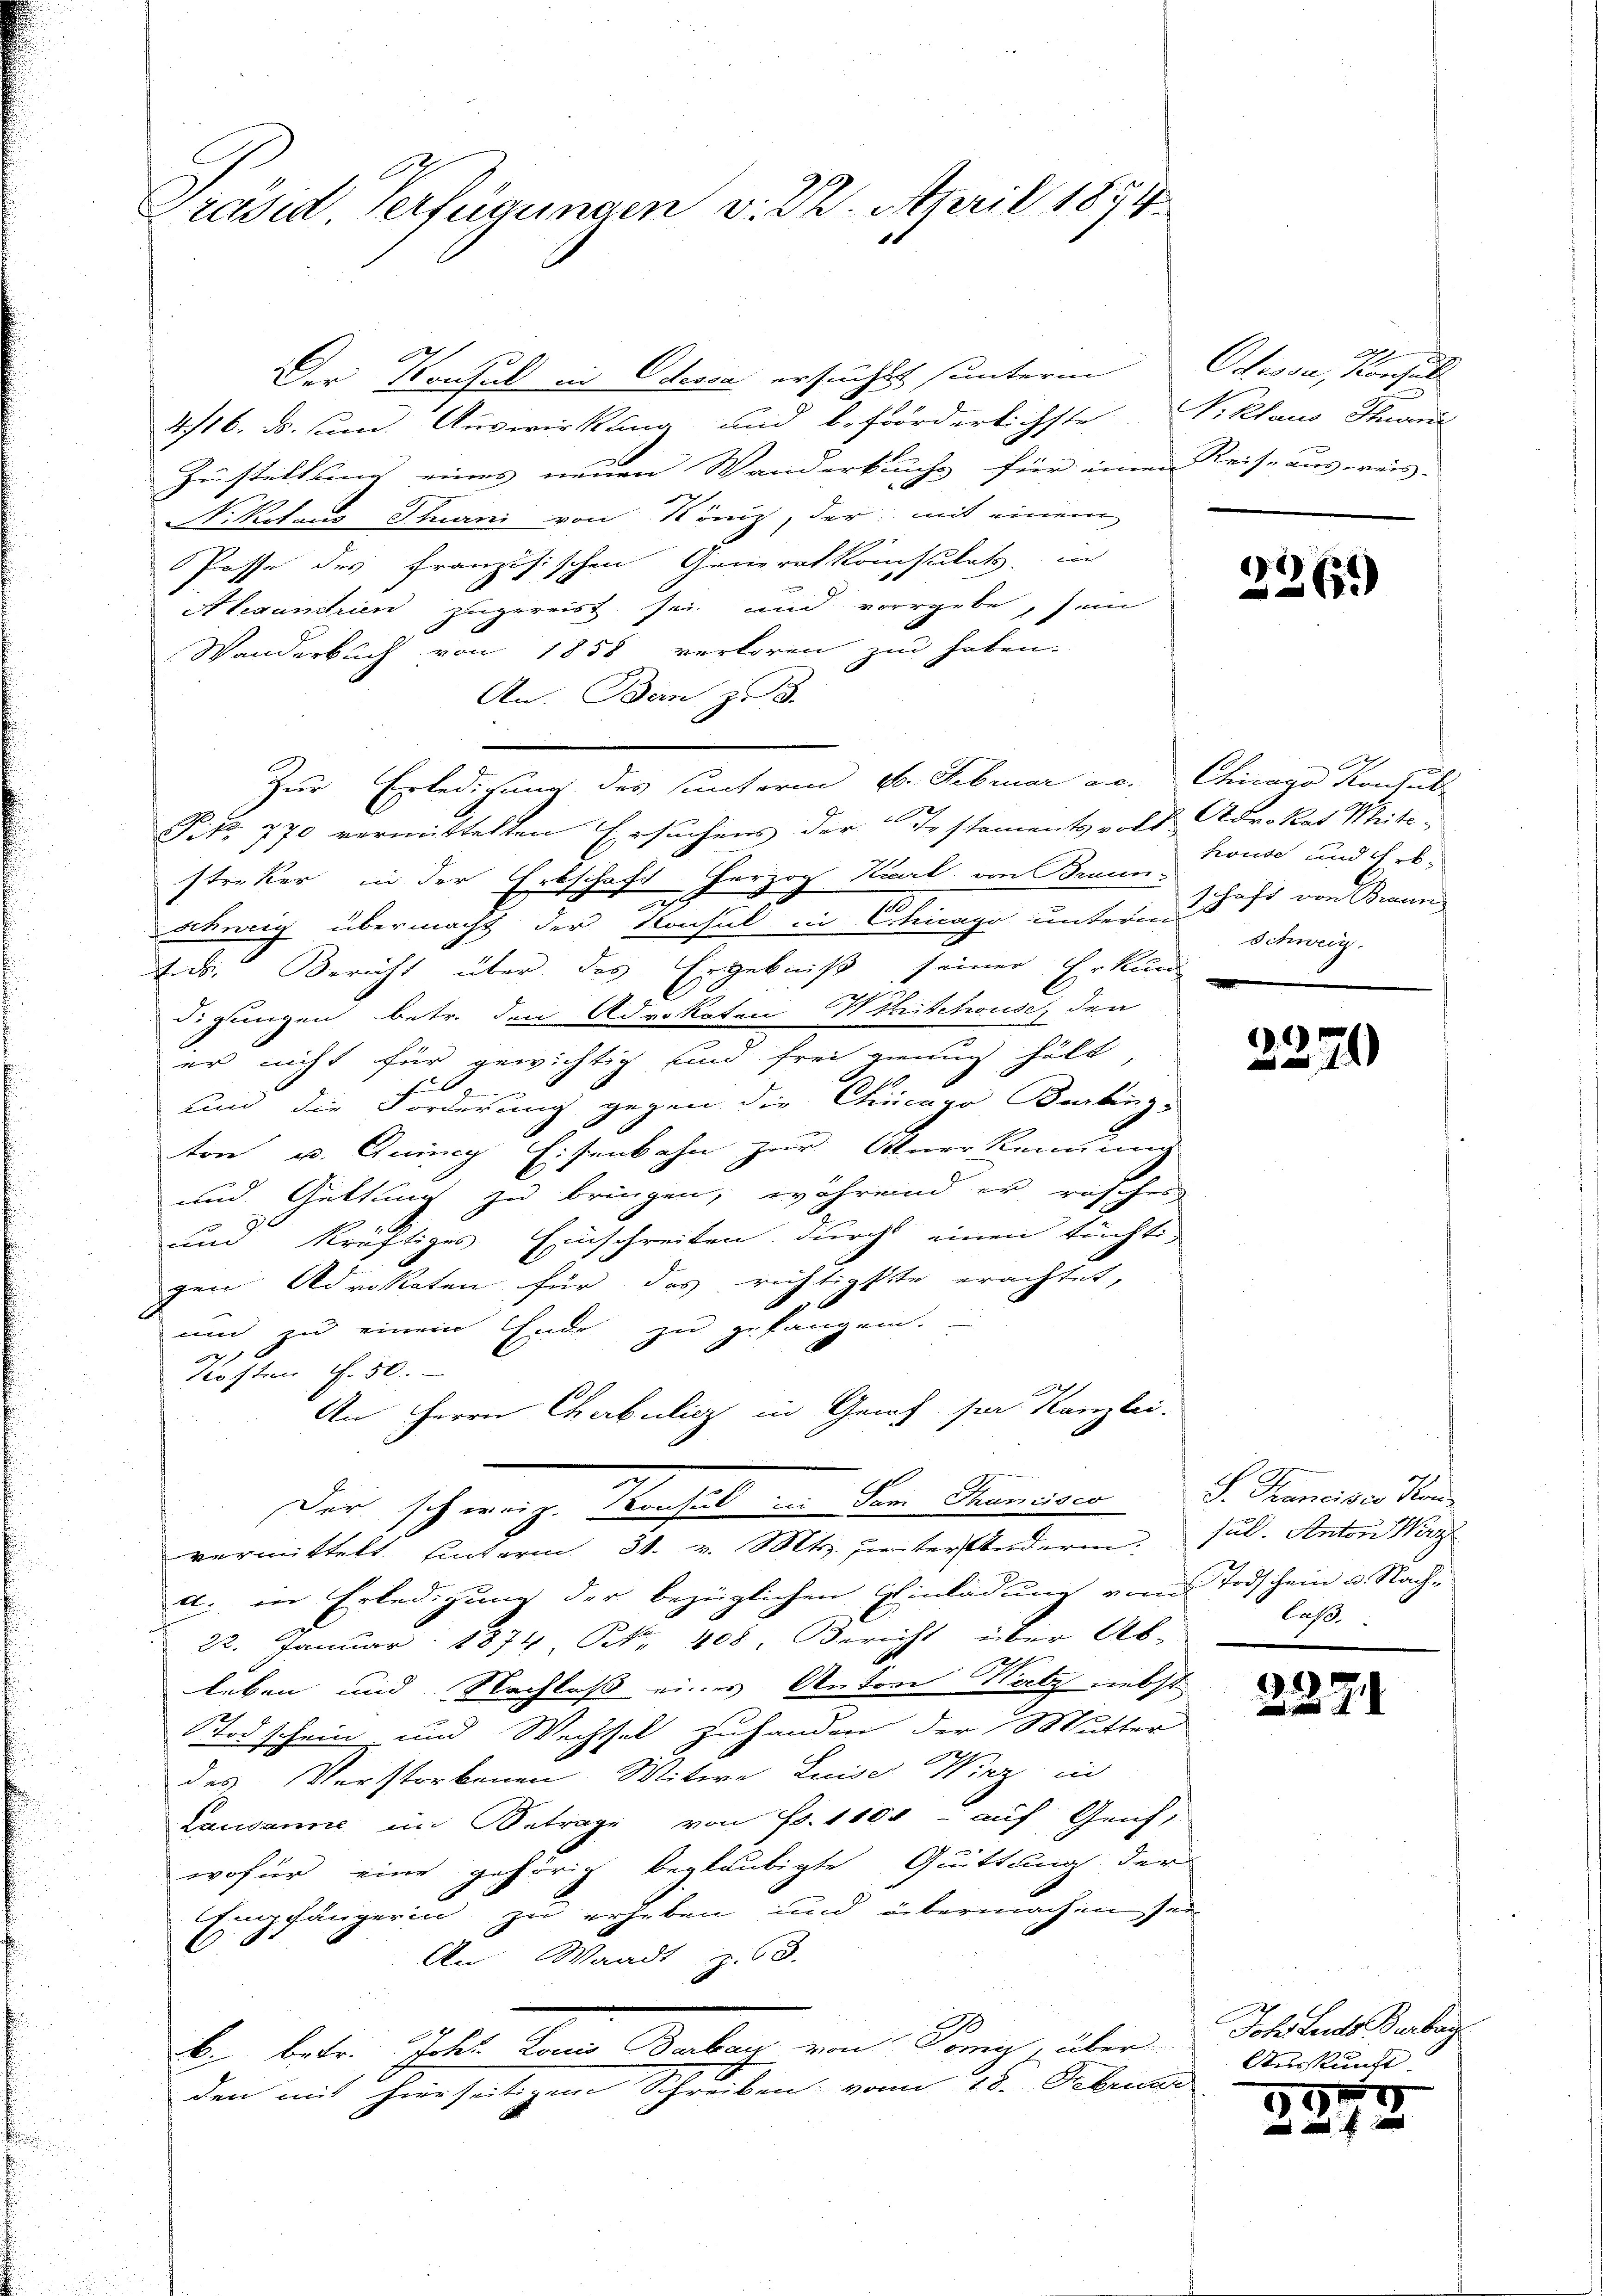
Präsid. Verfügungen v. 22. April 1894
1

Der Konsul in Odessa ersuchtet sunterm Odessa, konsuls
4716. ds. sund. Auswirkung und beförderlichste. Niklaus Hund
Zustellung eines neuen Wanderkuchs für einen Reise ausreis- |
Nr Klaus Thurni von König, der mit einem
Posse des französischen Generalkonsulat, in
Alexandrien zugereist sei und vorrgebe, sein
Wanderbach von 1858 verloren zu haben.
An. Bern z. B.
Zur Erledigung des sunterm 8. Februar an. Chicago Konsul
P.Nr 770 vermittelten Ersuchens der Testamentsvolt Advokat Mettstreker in der Erbschaft herzog Karl, von Braun-
schweig übermacht der Konsul in Chicago unterm
Ens. Bericht über das Ergebniß seiner Erkund
digungen betr. den Advokaten Wihitchouse, den
er nicht für gewichtig sind frei genug hält,
und die Forderung gegen die Chicaro Barbig-
ton u. Guig Eisenbahn zur Anerkennung
und Güttung zu bringen, während er rasches
und kräftiges Einschreiben durch einen tüchtig
gen Advokaten für das richtigste erachtet,
um zu einem Ende zu gefangen.
2
Klosten S. 50
An Herrn Chabulicz in Genf sei Kanzlei.
Der schweiz. Konsul in der Mannes         Kaiser den
vermittelt unterm 31. v. Mts. hinter Anderen.
a. in Erledigung der bezüglichen Einladung vom Todschein u. Nach-
22. Januar 1874, Nr. 408 Bericht über Ab-
leben und Nachlaß eines Antore Natz nebst
STodschein und Wechsel zuhanden der Mutter
des Verstorbenen Mitere Luise Wier in
Lausanne im Betrage von Fr. 1100 auf Genf,
wofür eine gehörig beglaubigte Quittung der
Empfängerin zu erheben und übermachen sei
An Waadt z. 3.
Er beten Statt dem Unter von Sings über
den mit hierseitigem Schreiben vom 18. Februar

N

2261)

A
krute und Erb-
.
schaft von Braun
Schweiz.

2279

sub. Anton Wirz
laß.

.

Joh. Luds Barbar
Auskunft.

28.